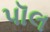
પૉલ